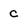
Character: c